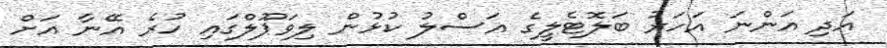
އަދި އަންނަ އަހަރު ބަލޮޓެލީގެ އަސްލު ކުޅުން ލިވަޕޫލްގައި ހުރެ އޭނާ އަށް